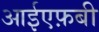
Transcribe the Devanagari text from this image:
आईएफ़बी